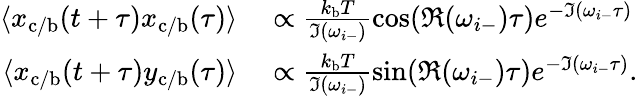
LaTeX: \begin{array}{rl}{\langle x_{\mathrm{c/b}}(t+\tau)x_{\mathrm{c/b}}(\tau)\rangle}&{{}\propto\frac{k_{\mathrm{b}}T}{\Im(\omega_{i-})}\cos(\Re(\omega_{i-})\tau)e^{-\Im(\omega_{i-}\tau)}}\\ {\langle x_{\mathrm{c/b}}(t+\tau)y_{\mathrm{c/b}}(\tau)\rangle}&{{}\propto\frac{k_{\mathrm{b}}T}{\Im(\omega_{i-})}\sin(\Re(\omega_{i-})\tau)e^{-\Im(\omega_{i-}\tau)}.}\end{array}